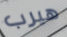
هيرب